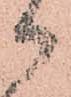
か